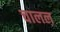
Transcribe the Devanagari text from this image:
चालल